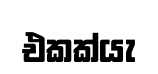
එකක්යැ